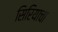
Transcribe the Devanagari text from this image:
सिरियाचा